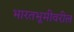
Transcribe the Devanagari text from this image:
भारतभूमीवरील